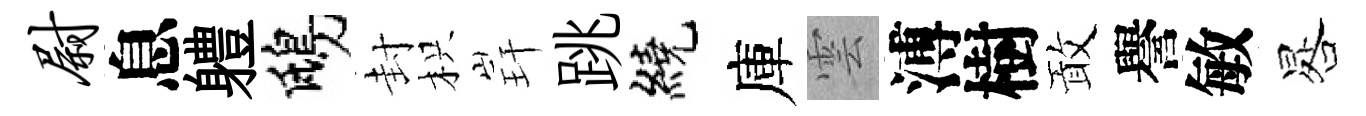
尉息軆鴟封枳玕跳繞庫雲溥樹敢譽敏晷